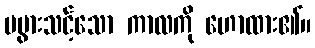
မပွားသင့်သော ကာလကို ဟောထား၏။